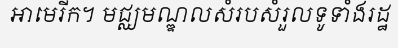
អាមេរីក។ មជ្ឈមណ្ឌលសំរបសំរួលទូទាំងរដ្ឋ